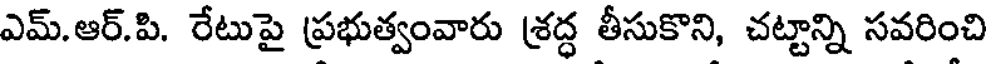
ఎమ్.ఆర్.పి. రేటుపై ప్రభుత్వంవారు శ్రద్ధ తీసుకొని, చట్టాన్ని సవరించి